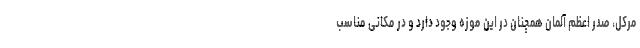
مرکل، صدر اعظم آلمان همچنان در این موزه وجود دارد و در مکانی مناسب